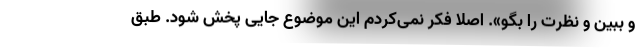
و ببین و نظرت را بگو». اصلا فکر نمی‌کردم این موضوع جایی پخش شود. طبق